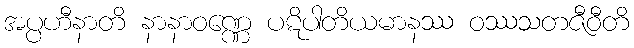
အပ္ပဟီနာတိ နာနာဝဏ္ဏေ ပဋိပါတိယမာနဿ ဝဿသတဇီဝီတိ